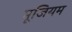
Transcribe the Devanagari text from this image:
मूजियम